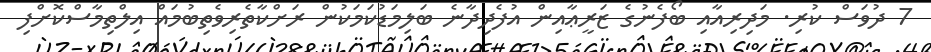
7 ދުވަސް ކުރި. މަދިރިއާއި ބޯފެނުގެ ޒަރީޢާއިން އުފެދިދާނެ ބަލިމަޑުކަމަކުން ރަށްކާތެރިވެތިބުމައް އިލްތިމާސްކޮށްފި